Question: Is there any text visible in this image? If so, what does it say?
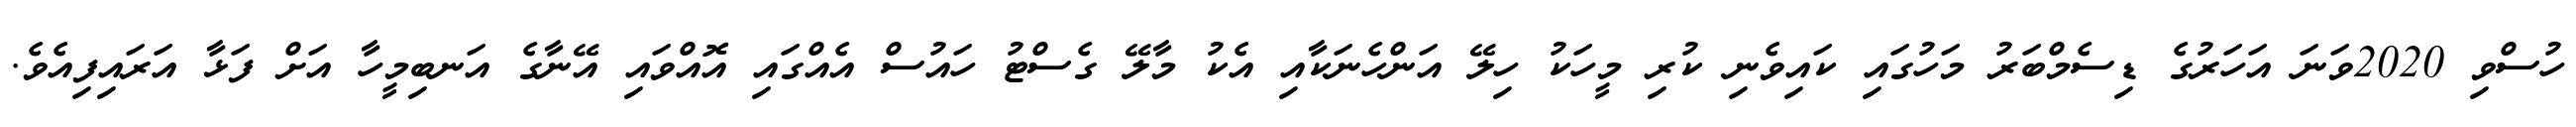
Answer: ހުސްވި 2020ވަނަ އަހަރުގެ ޑިސެމްބަރު މަހުގައި ކައިވެނި ކުރި މީހަކު ހިލޭ އަންހެނަކާއި އެކު މާލޭ ގެސްޓު ހައުސް އެއްގައި އޮއްވައި އޭނާގެ އަނބިމީހާ އަށް ފަޅާ އަރައިފިއެވެ.